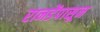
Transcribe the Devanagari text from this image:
रानडेंपासून